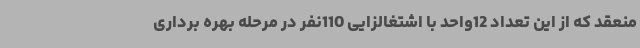
منعقد که از این تعداد 12واحد با اشتغالزایی 110نفر در مرحله بهره برداری